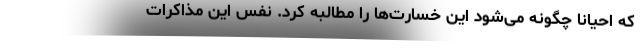
که احیاناً چگونه می‌شود این خسارت‌ها را مطالبه کرد. نفس این مذاکرات